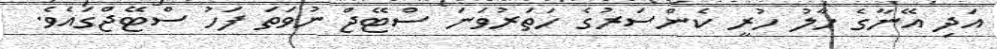
އަދި އޭނާގެ ހާލު ހުރީ ކެންސަރުގެ ހަތަރުވަނަ ސްޓޭޖް ނުވަތަ ފަހު ސްޓޭޖްގައެވެ.